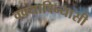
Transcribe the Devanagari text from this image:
वक्याविन्यासी